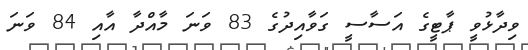
ވިދާޅުވީ ޕާޓީގެ އަސާސީ ގަވާއިދުގެ 83 ވަނަ މާއްދާ އާއި 84 ވަނަ